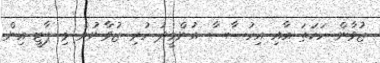
ޒުވާން ހަކަތަ އާއި އިހުސާސާ އުންމީދު ހުރި ޒުވާނުން މި ޕާޓީ އިން